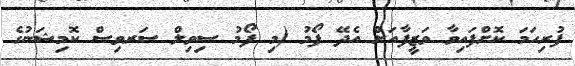
ފުރިހަމަ ކޮށްފައިވާ ވަޒީފާއަށް އެދޭ ފޯމު (މި ފޯމު ސިވިލް ސަރވިސް ކޮމިޝަނުގެ